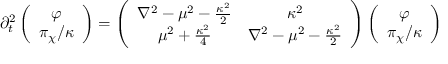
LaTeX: \partial _ { t } ^ { 2 } \left( \begin{array} { c } { { \varphi } } \\ { { { \pi _ { \chi } / \kappa } } } \end{array} \right) = \left( \begin{array} { c c } { { \nabla ^ { 2 } - \mu ^ { 2 } - { \frac { \kappa ^ { 2 } } { 2 } } } } & { { \kappa ^ { 2 } } } \\ { { \mu ^ { 2 } + { \frac { \kappa ^ { 2 } } { 4 } } } } & { { \nabla ^ { 2 } - \mu ^ { 2 } - { \frac { \kappa ^ { 2 } } { 2 } } } } \end{array} \right) \left( \begin{array} { c } { { \varphi } } \\ { { { \pi _ { \chi } / \kappa } } } \end{array} \right)